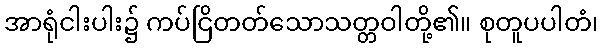
အာရုံငါးပါး၌ ကပ်ငြိတတ်သောသတ္တဝါတို့၏။ စုတူပပါတံ၊